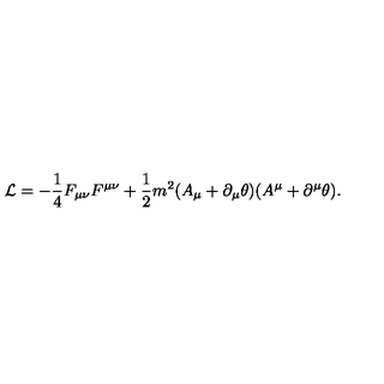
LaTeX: { \cal L } = - \frac { 1 } { 4 } F _ { \mu \nu } F ^ { \mu \nu } + \frac { 1 } { 2 } m ^ { 2 } ( A _ { \mu } + \partial _ { \mu } \theta ) ( A ^ { \mu } + \partial ^ { \mu } \theta ) .